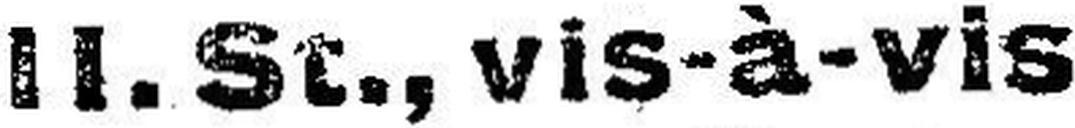
II. St., vis-à-vis